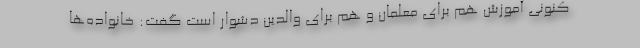
کنونی آموزش هم برای معلمان و هم برای والدین دشوار است گفت: خانواده‌ها